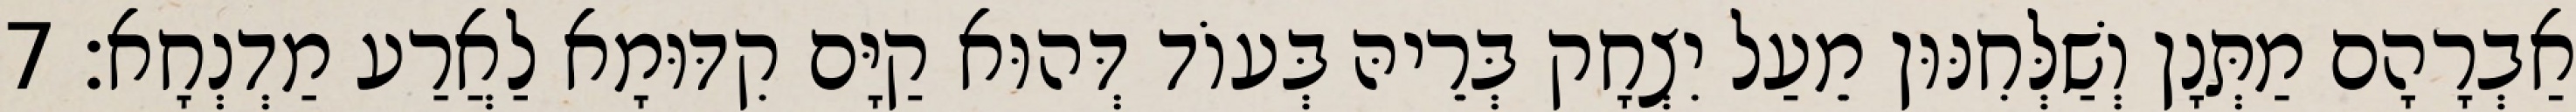
אַבְרָהָם מַתְּנָן וְשַׁלְּחִנּוּן מֵעַל יִצְחָק בְּרֵיהּ בְּעוֹד דְּהוּא קַיָּם קִדּוּמָא לַאֲרַע מַדְנְחָא׃ 7